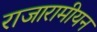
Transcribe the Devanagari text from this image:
राजारामीयन